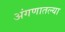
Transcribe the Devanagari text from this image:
अंगणातल्या